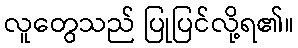
လူတွေသည် ပြုပြင်လို့ရ၏။